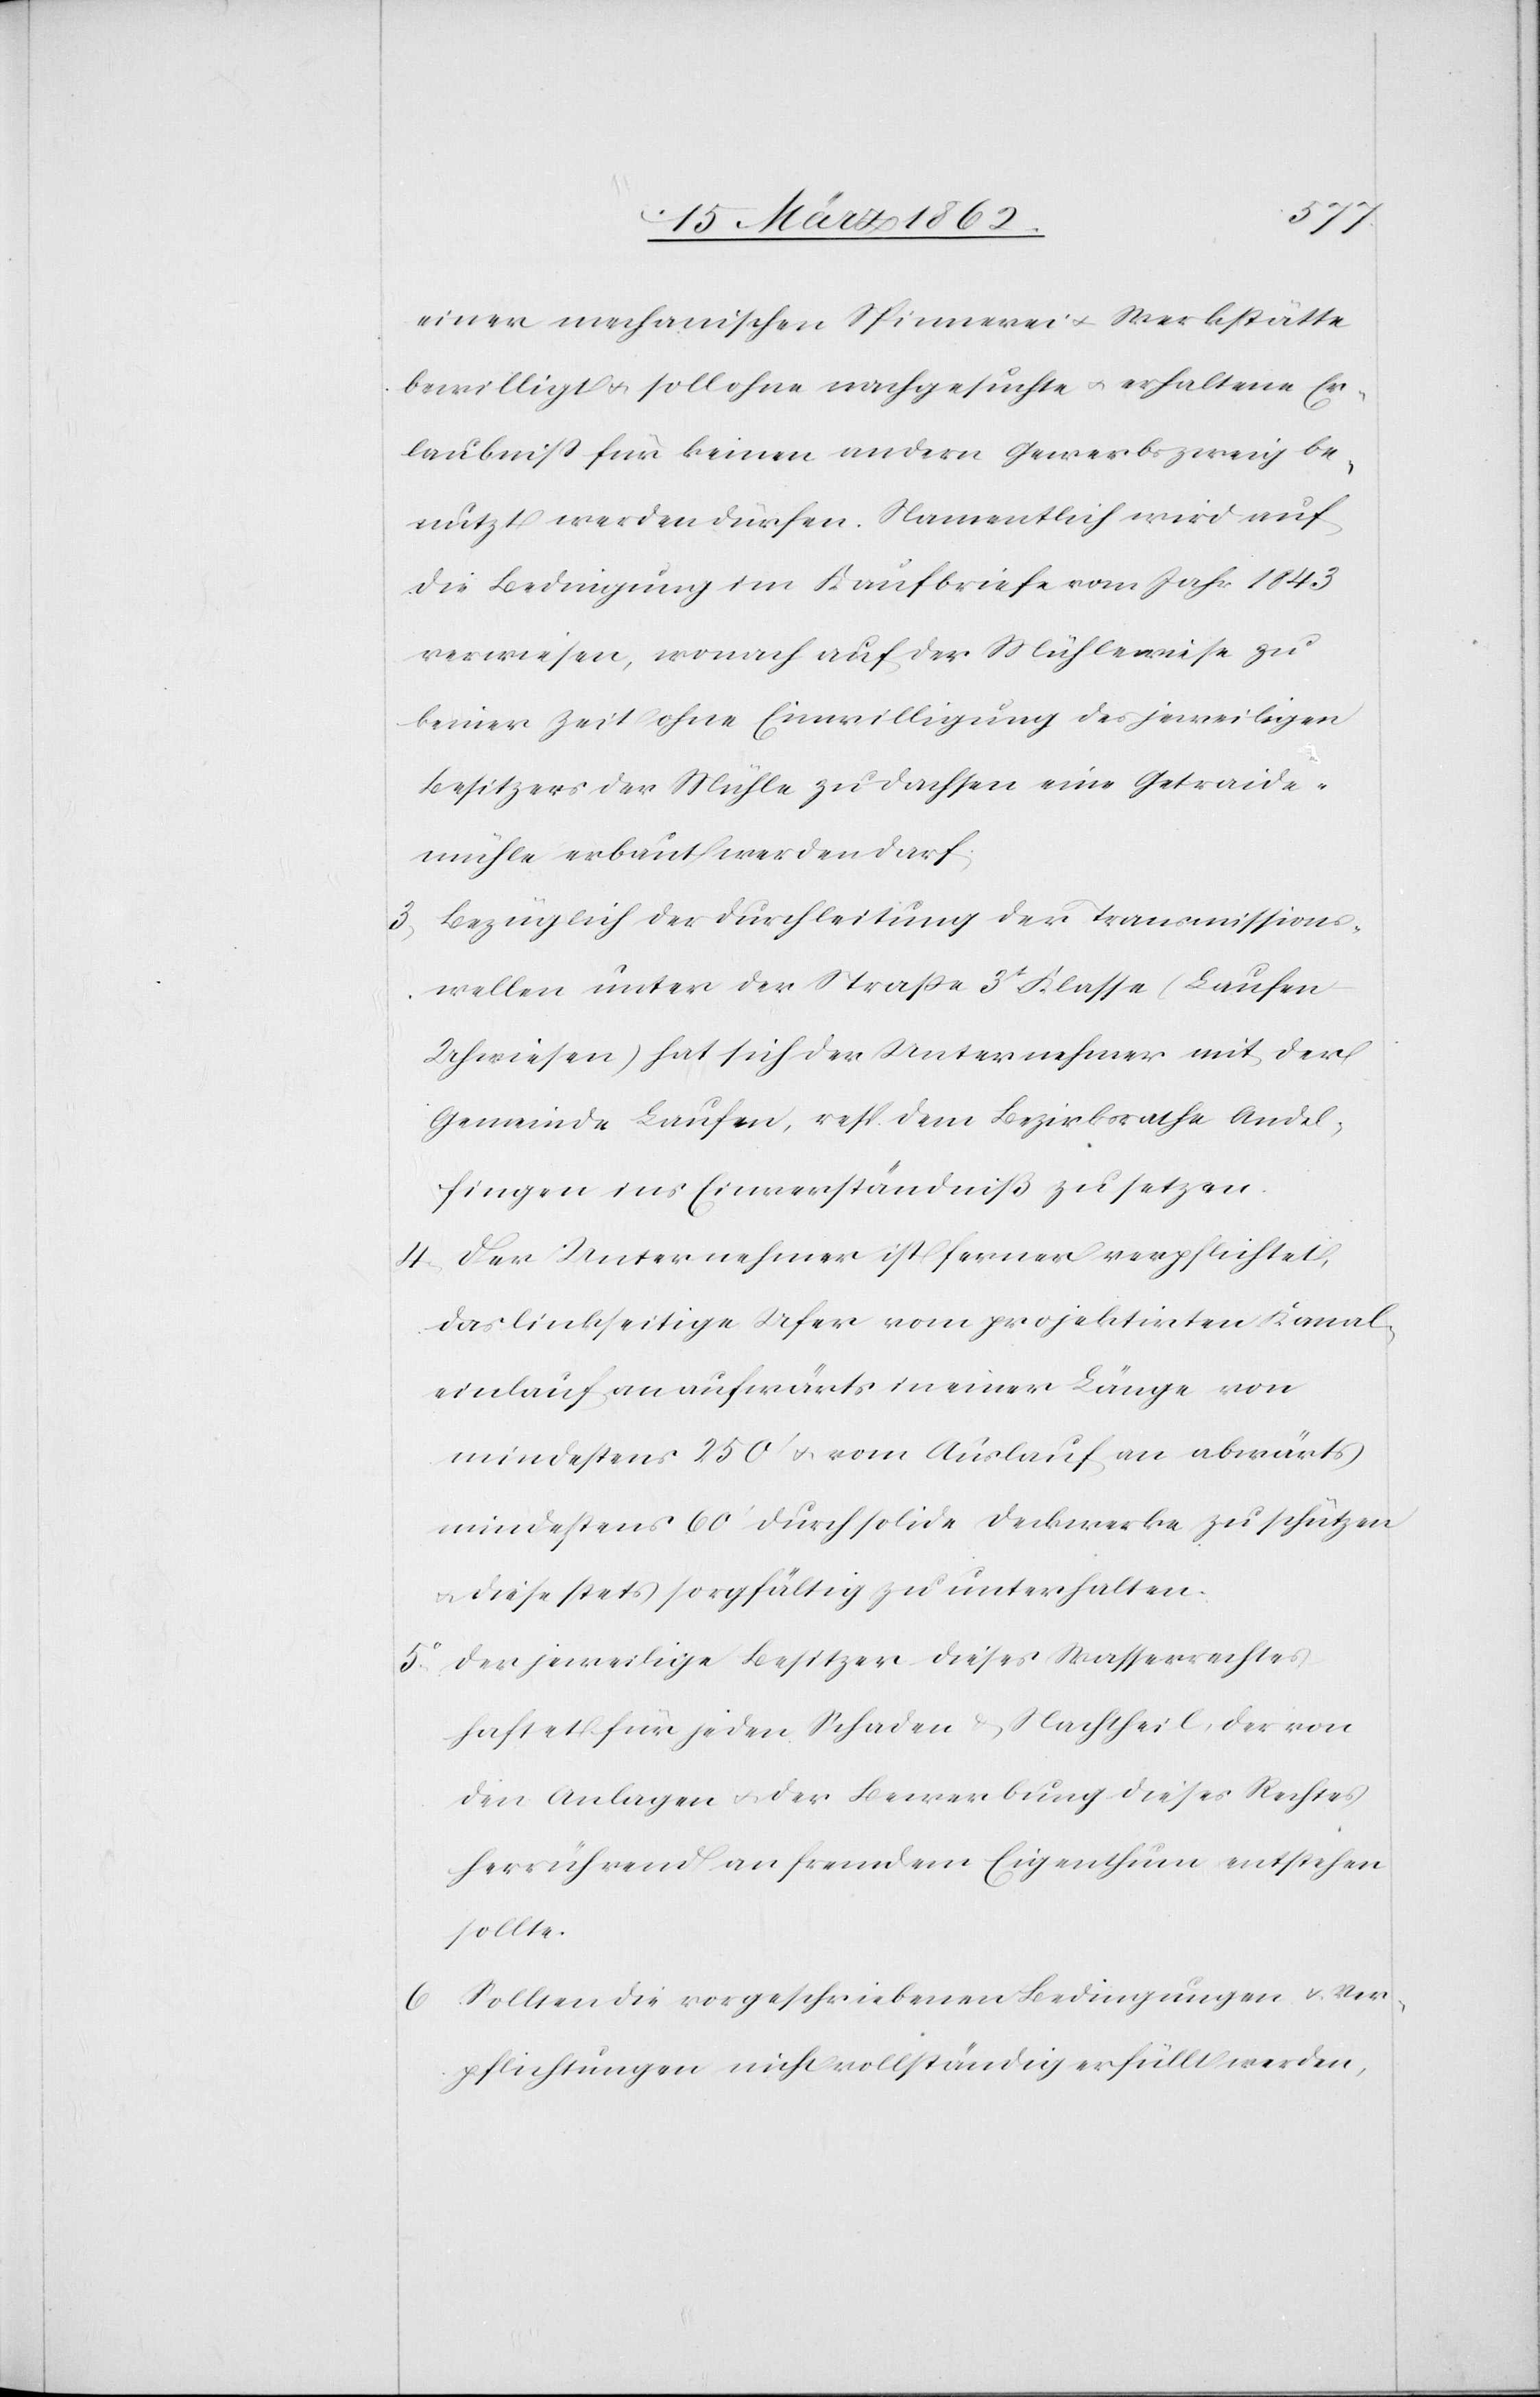
einer mechanischen Spinnerei u. Werkstätte
bewilligt u. soll ohne nachgesuchte u. erhaltene Er¬
laubniß für keinen andern Gewerbszweig be¬
nutzt werden dürfen. Namentlich wird auf
die Bedingung im Kaufbriefe vom Jahr 1843
verwiesen, wonach auf der Mühlewiese zu
keiner Zeit ohne Einwilligung des jeweiligen
Besitzers der Mühle zu Dachsen eine Getraide¬
mühle erbaut werden darf.
3) Bezüglich der Durchleitung der Transmissions¬
wellen unter der Straße 3t Klasse (Laufen–U¬
hwiesen) hat sich der Unternehmer mit der
Gemeinde Laufen, resp. dem Bezirksrathe Andel¬
fingen ins Einverständniß zu setzen.
4) Der Unternehmer ist ferner verpflichtet,
das linkseitige Ufer vom projektirten Kanal¬
einlauf an aufwärts in einer Länge von
mindestens 250‘ u. vom Auslauf an abwärts
mindesten 60‘ durch solide Deckwerke zu schützen
u. diese stets sorgfältig zu unterhalten.
5) Der jeweilige Besitzer dieses Wasserrechtes
haftet für jeden Schaden & Nachtheil, der von
den Anlagen u. der Bewerbung dieses Rechtes
herrührend an fremdem Eigenthum entstehen
sollte.
Sollten die vorgeschriebenen Bedingungen u. Ver¬
pflichtungen nicht vollständig erfüllt werden,